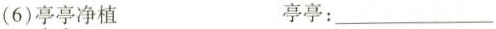
(6)亭亭净植 亭亭：___